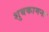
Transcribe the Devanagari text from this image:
शुबकामना